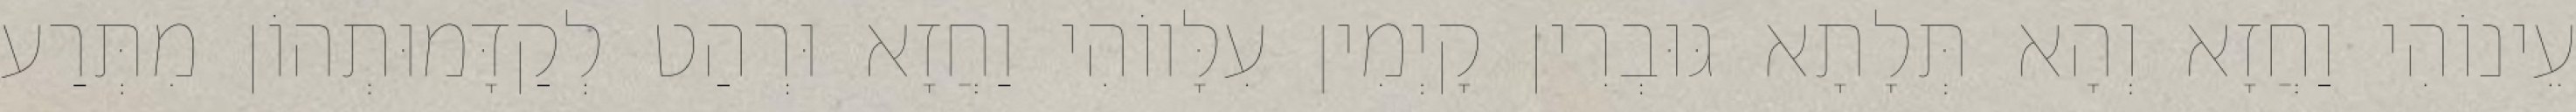
עֵינוֹהִי וַחֲזָא וְהָא תְּלָתָא גּוּבְרִין קָיְמִין עִלָּווֹהִי וַחֲזָא וּרְהַט לְקַדָּמוּתְהוֹן מִתְּרַע